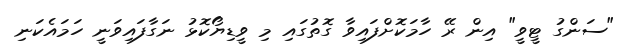
"ސަންގު ޓީވީ" އިން ރޭ ހާމަކޮށްފައިވާ ގޮތުގައި މި ވީޑިޔޯކޮޅު ނަގާފައިވަނީ ހަމައެކަނި